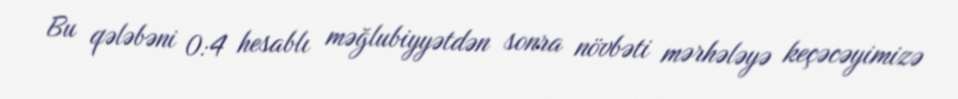
Bu qələbəni 0:4 hesablı məğlubiyyətdən sonra növbəti mərhələyə keçəcəyimizə